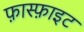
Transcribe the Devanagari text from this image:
फ़ास्फ़ाइट